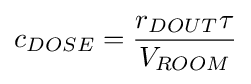
c_{DOSE}={\frac {r_{DOUT}\tau }{V_{ROOM}}}